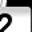
Digit: 2